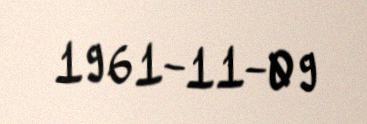
1961-11-09